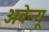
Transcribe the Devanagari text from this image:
अवेन्यू